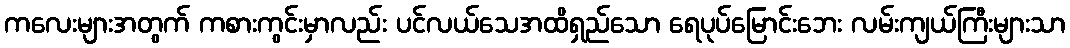
ကလေးများအတွက် ကစားကွင်းမှာလည်း ပင်လယ်သေအထိရှည်သော ရေပုပ်မြောင်းဘေး လမ်းကျယ်ကြီးများသာ